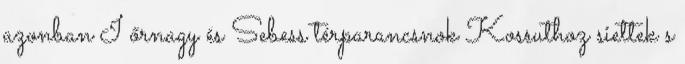
azonban I őrnagy és Sebess térparancsnok Kossuthoz siettek s